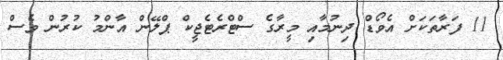
11 ފަރާތަކަށް އެވޯޑް ދިނުމާއި މީރާގެ ސްޓްރެޓެޖީކް ޕްލޭން އާންމު ކުރުން ވެސް